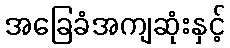
အခြေခံအကျဆုံးနှင့်